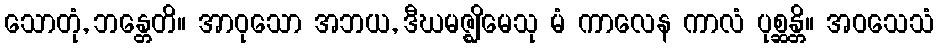
သောတုံ, ဘန္တေတိ။ အာဝုသော အဘယ, ဒီဃမဇ္ဈိမေသု မံ ကာလေန ကာလံ ပုစ္ဆန္တိ။ အဝသေသံ